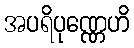
အပရိပုဏ္ဏေဟိ